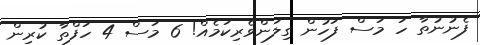
ފެނުނުތާ ހަ މަސް ފަހުން ގިލަންވެރިކަމެއް! 6 މަސް 4 ހަފްތާ ކުރިން